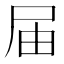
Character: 届